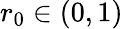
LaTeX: r_{0}\in(0,1)